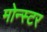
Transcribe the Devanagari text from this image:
मोन्स्टर